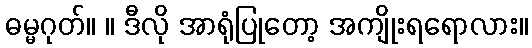
ဓမ္မဂုတ်။ ။ ဒီလို အာရုံပြုတော့ အကျိုးရရောလား။